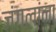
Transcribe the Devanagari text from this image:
जंगलांना